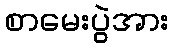
စာမေးပွဲအား